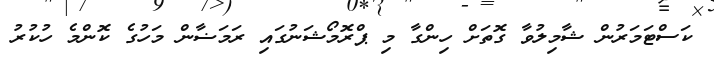
ކަސްޓަމަރުން ޝާމިލުވާ ގޮތަށް ހިންގާ މި ޕްރޮމޯޝަނުގައި ރަމަޟާން މަހުގެ ކޮންމެ ހުކުރު